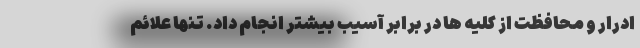
ادرار و محافظت از کلیه ها در برابر آسیب بیشتر انجام داد. تنها علائم